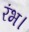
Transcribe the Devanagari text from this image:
रंभ।